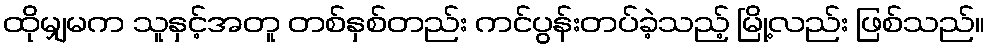
ထိုမျှမက သူနှင့်အတူ တစ်နှစ်တည်း ကင်ပွန်းတပ်ခဲ့သည့် မြို့လည်း ဖြစ်သည်။